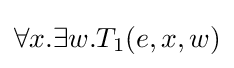
\forall x.\exists w.T_{1}(e,x,w)